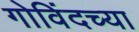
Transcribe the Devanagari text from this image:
गोविंदच्या